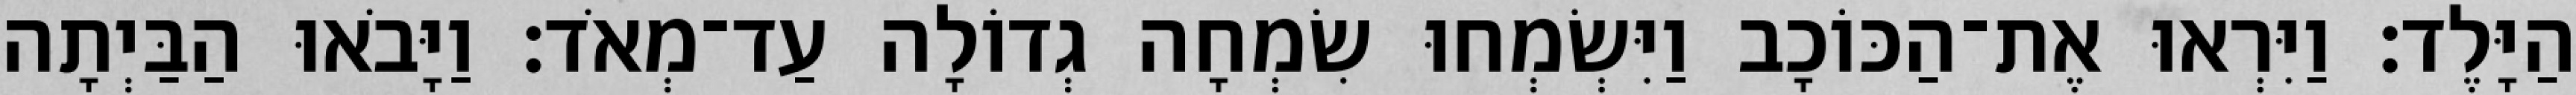
הַיָּלֶד׃ וַיִּרְאוּ אֶת־הַכּוֹכָב וַיִּשְׂמְחוּ שִׂמְחָה גְדוֹלָה עַד־מְאֹד׃ וַיָּבֹאוּ הַבַּיְתָה